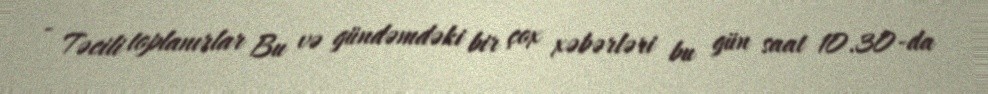
- Təcili toplanırlar Bu və gündəmdəki bir çox xəbərləri bu gün saat 10.30-da